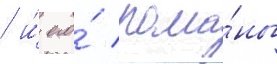
/ и́ его́ рома́ны